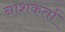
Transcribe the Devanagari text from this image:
नाशकर्ता